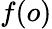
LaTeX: f(o)